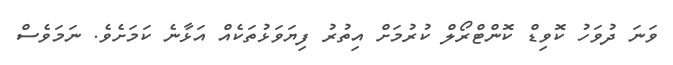
ވަނަ ދުވަހު ކޮވިޑް ކޮންޓްރޯލް ކުރުމަށް އިތުރު ފިޔަވަޅުތަކެއް އަޅާނެ ކަމަށެވެ. ނަމަވެސް